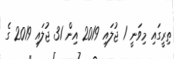
ތިރީގައި މިވަނީ 1 ޖުލައި 2019 އިން 31 ޖުލައި 2019 ގެ